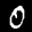
Label: 0